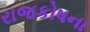
રાજકોષના